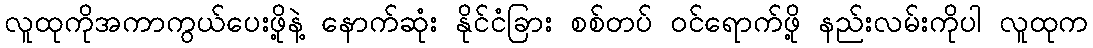
လူထုကိုအကာကွယ်ပေးဖို့နဲ့ နောက်ဆုံး နိုင်ငံခြား စစ်တပ် ဝင်ရောက်ဖို့ နည်းလမ်းကိုပါ လူထုက